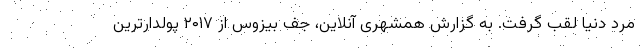
مرد دنیا لقب گرفت. به گزارش همشهری آنلاین، جف بیزوس از ۲۰۱۷ پولدارترین